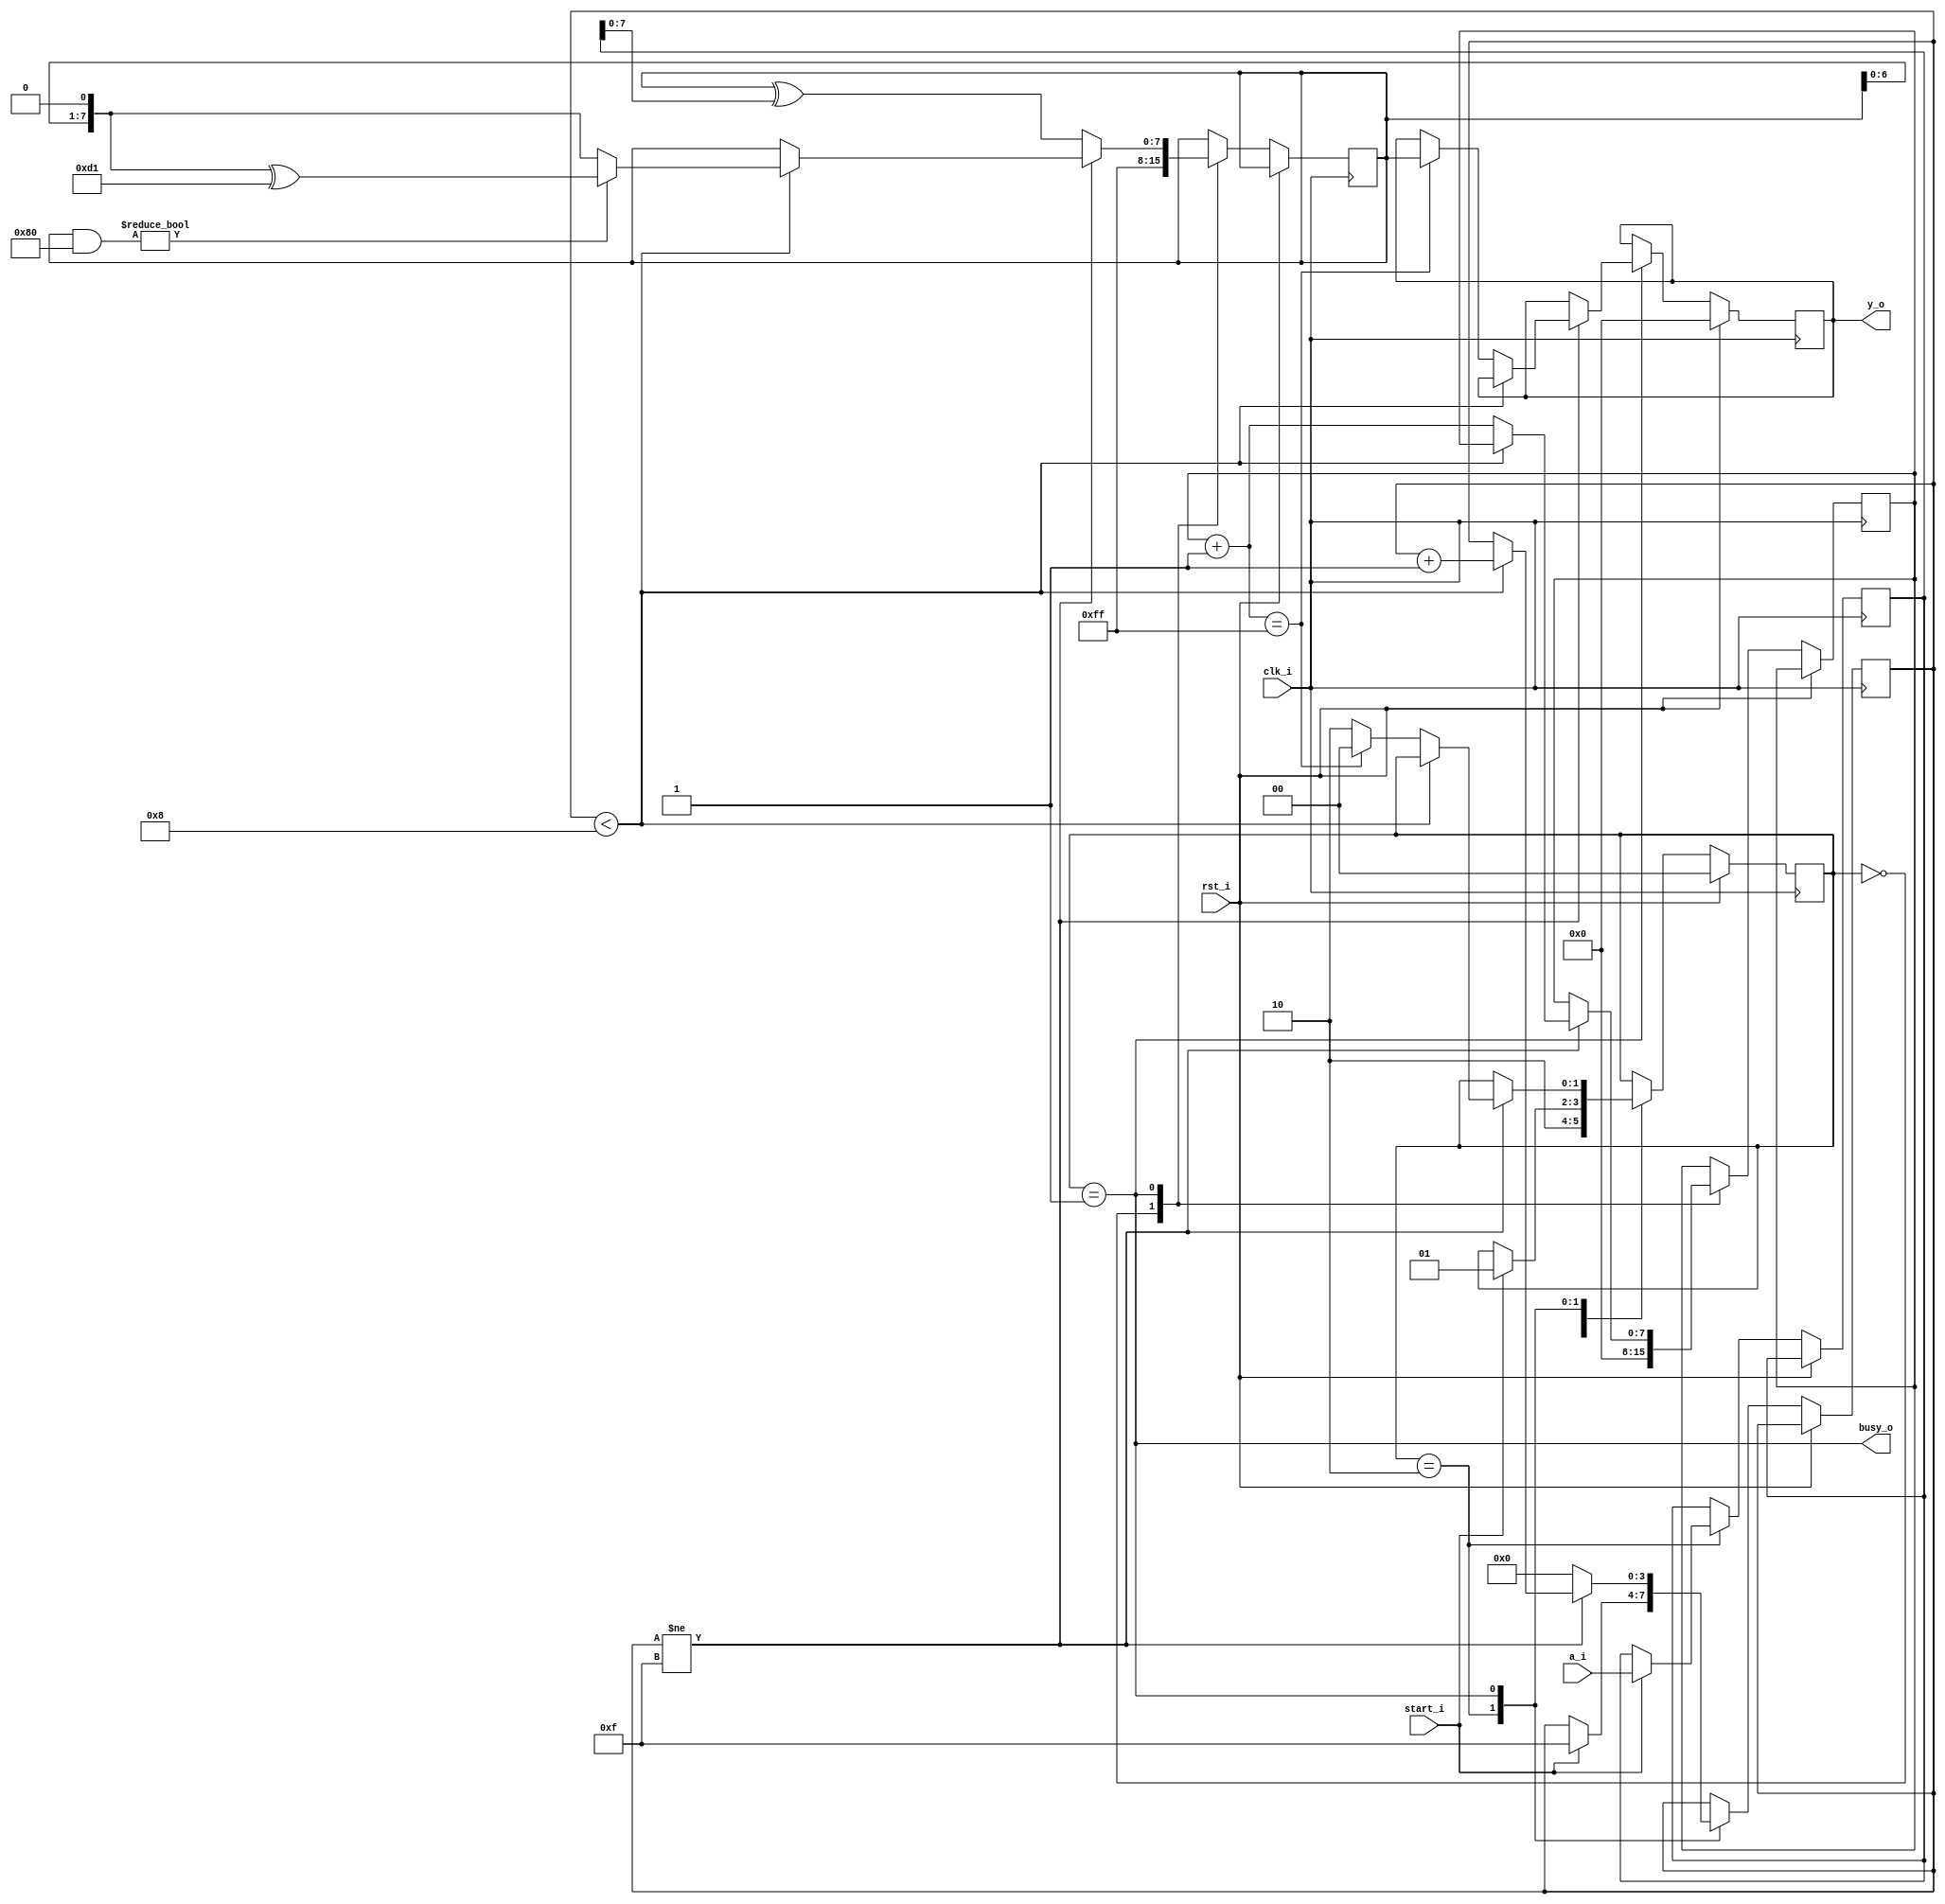
module crc8(
    input clk_i,
    input rst_i,
    input start_i,
    input [8:0] a_i,
    
    output busy_o, 
    output reg [7:0] y_o
    );
    
    localparam IDLE = 2'd0;
    localparam COMPUTE = 2'd1;
    localparam WAIT_NUMBER = 2'd2;
    
    localparam POLY = 8'hd1;
    localparam ITER_AMOUNT = 8'd255;
    
    reg [7:0] value, temp, counter;
    reg [8:0] a;
    reg [3:0] bit_counter;
    reg [1:0] state;
    
    assign busy_o = state == COMPUTE;
    
    always @(posedge clk_i)
        if(rst_i) begin
            y_o <= 0;
            state <= IDLE;
        end 
        else begin
            case(state)
                IDLE:
                    begin
                        value <= 8'hff;
                        counter <= 0;
                        state <= WAIT_NUMBER;
                    end
                WAIT_NUMBER:
                    if (start_i) begin
                        bit_counter <= 4'hf;
                        a <= a_i;
                        state <= COMPUTE;
                    end
                COMPUTE:
                    begin
                        if (bit_counter != 15) begin
                                if (bit_counter < 8) begin
                                    temp = value & 8'h80;
                                    value <= temp ? (value << 1) ^ POLY : (value << 1);
                                    bit_counter <= bit_counter + 1;
                                end
                                else begin
                                    counter = counter + 1;
                                    if (counter == ITER_AMOUNT) begin
                                        y_o = value;
                                        state <= IDLE;
                                    end
                                    else
                                        state <= WAIT_NUMBER;
                                end
                            end
                            else begin
                                value <= value ^ a;
                                bit_counter <= 0;
                            end
                    end
            endcase
        end
endmodule